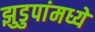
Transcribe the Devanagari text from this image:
झुडुपांमध्ये